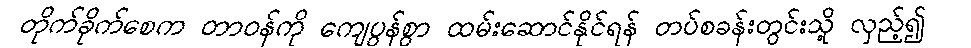
တိုက်ခိုက်စေက တာဝန်ကို ကျေပွန်စွာ ထမ်းဆောင်နိုင်ရန် တပ်စခန်းတွင်းသို့ လှည့်၍